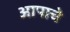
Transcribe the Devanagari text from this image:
आपाचे